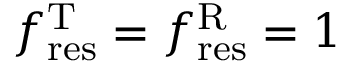
f _ { \mathrm { r e s } } ^ { \mathrm { T } } = f _ { \mathrm { r e s } } ^ { \mathrm { R } } = 1